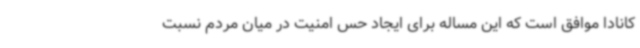
کانادا موافق است که این مساله برای ایجاد حس امنیت در میان مردم نسبت